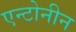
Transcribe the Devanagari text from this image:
एन्टोनीन